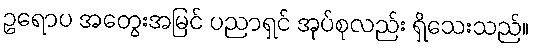
ဥရောပ အတွေးအမြင် ပညာရှင် အုပ်စုလည်း ရှိသေးသည်။